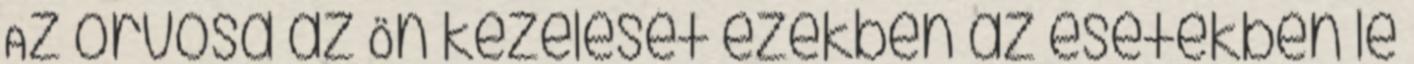
Az orvosa az Ön kezelését ezekben az esetekben le